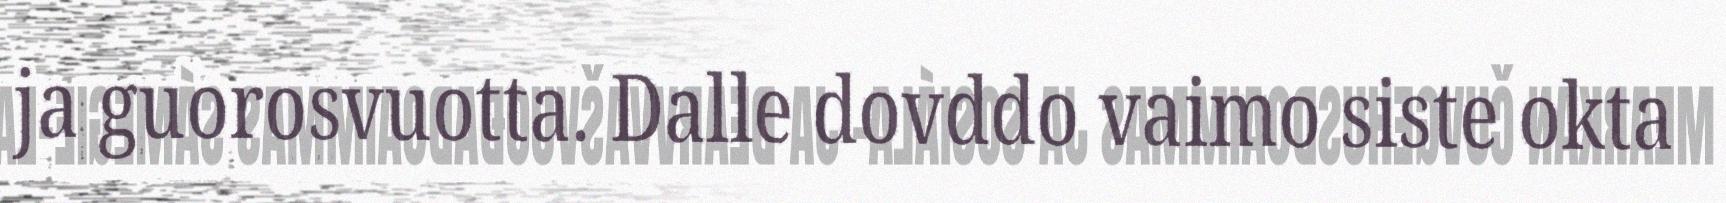
ja guorosvuotta. Dalle dovddo vaimo siste okta